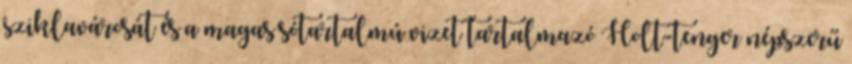
sziklavárosát és a magas sótartalmú vizet tartalmazó Holt-tenger népszerű